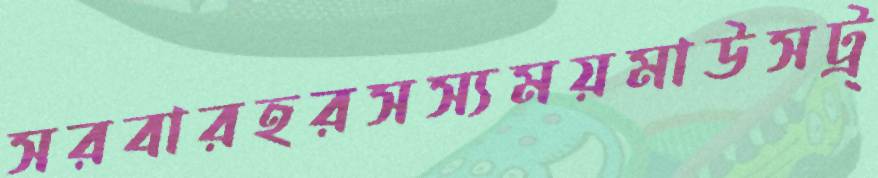
সরবারহরসস্যময়মাউসট্র্